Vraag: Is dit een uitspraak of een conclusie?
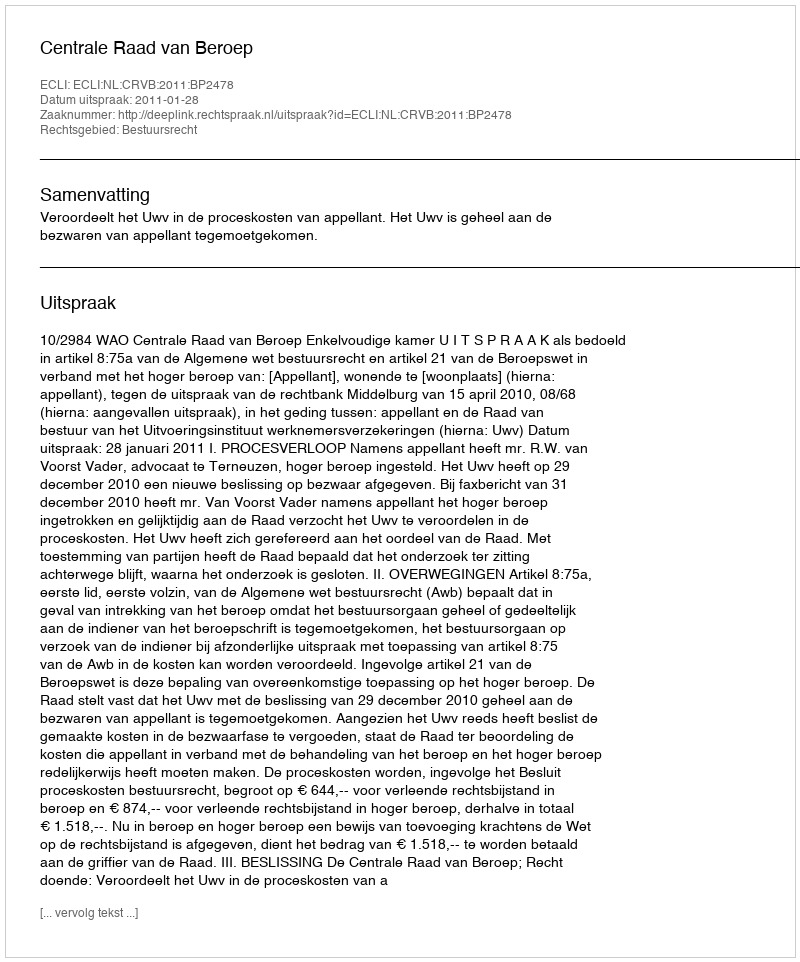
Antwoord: Uitspraak